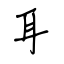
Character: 耳